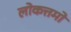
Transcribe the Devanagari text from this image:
लोकत्तमो